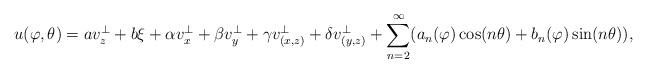
LaTeX: \begin{align*}u(\varphi,\theta)=a v_z^\perp+b\xi+\alpha v_x^\perp+\beta v_y^\perp+\gamma v_{(x,z)}^\perp+\delta v_{(y,z)}^\perp+\sum_{n= 2}^\infty(a_n(\varphi)\cos(n\theta)+b_n(\varphi)\sin(n\theta)),\end{align*}